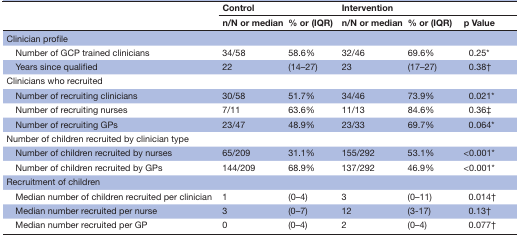
| <ROWSPAN=2>  | <COLSPAN=2> Control | <COLSPAN=2> Intervention |  |
 | n/N or median | % or (IQR) | n/N or median | % or (IQR) | p Value |
 | --- | --- | --- | --- | --- | --- |
 | <COLSPAN=6> Clinician profile |
 | Number of GCP trained clinicians | 34/58 | 58.6% | 32/46 | 69.6% | 0.25* |
 | Years since qualified | 22 | (14–27) | 23 | (17–27) | 0.38† |
 | <COLSPAN=6> Clinicians who recruited |
 | Number of recruiting clinicians | 30/58 | 51.7% | 34/46 | 73.9% | 0.021* |
 | Number of recruiting nurses | 7/11 | 63.6% | 11/13 | 84.6% | 0.36‡ |
 | Number of recruiting GPs | 23/47 | 48.9% | 23/33 | 69.7% | 0.064* |
 | <COLSPAN=6> Number of children recruited by clinician type |
 | Number of children recruited by nurses | 65/209 | 31.1% | 155/292 | 53.1% | <0.001* |
 | Number of children recruited by GPs | 144/209 | 68.9% | 137/292 | 46.9% | <0.001* |
 | <COLSPAN=6> Recruitment of children |
 | Median number of children recruited per clinician | 1 | (0–4) | 3 | (0–11) | 0.014† |
 | Median number recruited per nurse | 3 | (0–7) | 12 | (3-17) | 0.13† |
 | Median number recruited per GP | 0 | (0–4) | 2 | (0–4) | 0.077† |